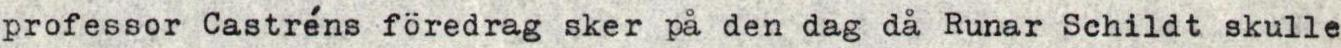
professor Castréns föredrag sker på den dag då Runar Schildt skulle